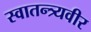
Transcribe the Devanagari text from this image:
स्वातन्त्र्यवीर